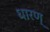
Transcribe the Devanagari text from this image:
धारण्